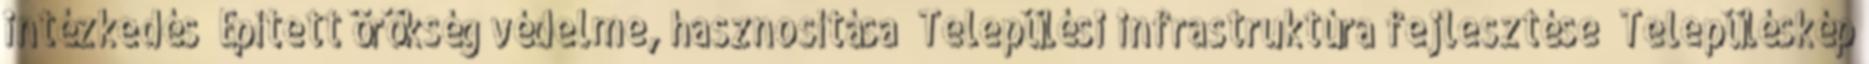
intézkedés ▪Épített örökség védelme, hasznosítása ▪Települési infrastruktúra fejlesztése ▪Településkép